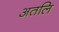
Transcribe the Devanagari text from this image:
अतलि